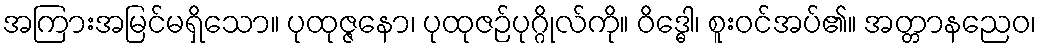
အကြားအမြင်မရှိသော။ ပုထုဇ္ဇနော၊ ပုထုဇဉ်ပုဂ္ဂိုလ်ကို။ ဝိဒ္ဓေါ၊ စူးဝင်အပ်၏။ အတ္တာနညေဝ၊